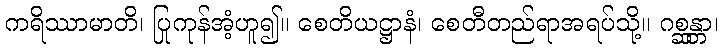
ကရိဿာမာတိ၊ ပြုကုန်အံ့ဟူ၍။ စေတိယဋ္ဌာနံ၊ စေတီတည်ရာအရပ်သို့။ ဂစ္ဆန္တာ၊